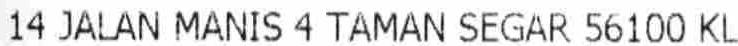
14 JALAN MANIS 4 TAMAN SEGAR 56100 KL